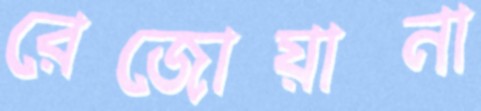
রেজোয়ানা